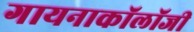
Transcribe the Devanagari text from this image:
गायनाकॉलॉजी